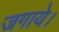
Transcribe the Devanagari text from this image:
जगाये।